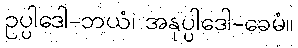
ဥပ္ပါဒေါ-ဘယံ၊ အနုပ္ပါဒေါ-ခေမံ။